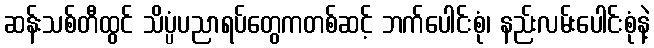
ဆန်းသစ်တီထွင် သိပ္ပံပညာရပ်တွေကတစ်ဆင့် ဘက်ပေါင်းစုံ၊ နည်းလမ်းပေါင်းစုံနဲ့